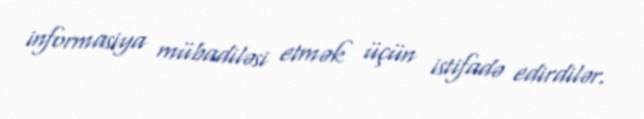
informasiya mübadiləsi etmək üçün istifadə edirdilər.